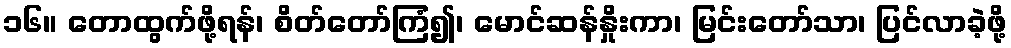
၁၆။ တောထွက်ဖို့ရန်၊ စိတ်တော်ကြံ၍၊ မောင်ဆန်နှိုးကာ၊ မြင်းတော်သာ၊ ပြင်လာခဲ့ဖို့